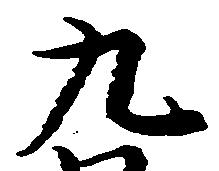
九